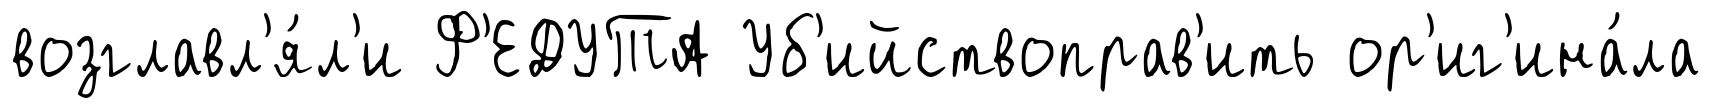
возглавл'я́л'и Ф'ЕДУТА Уб'ийствоправ'ить ор'иг'ина́ла